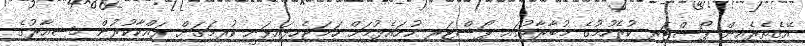
އޭގެތެރެއިން ޕޯސްޓަރ ކުރެހުމުގެ މުބާރާތުގައި ޕޯސްޓަރ ހުށައެޅުމަށް ހަމަޖެހިފައިވަނީ ކުރިމަގަށް ރައްކާކުރުން މިޝިއާރުގެ